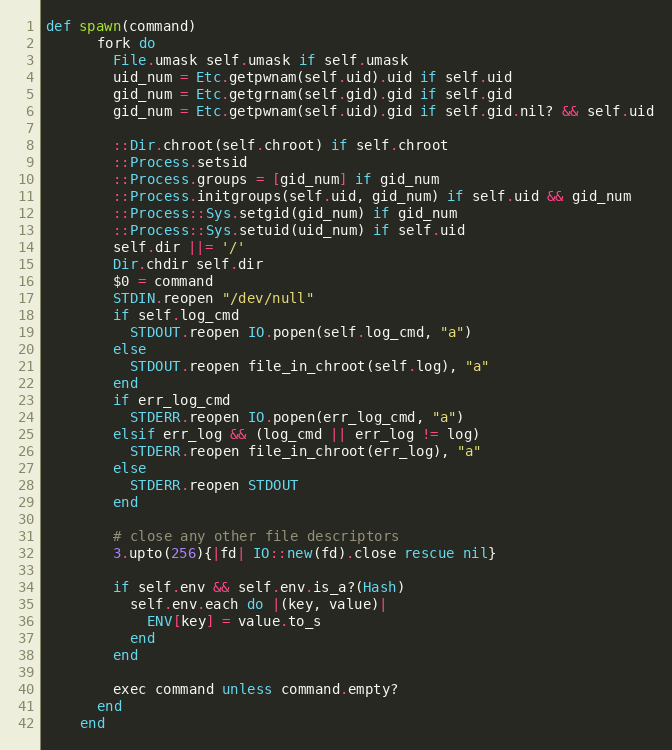
Language: Ruby
def spawn(command)
      fork do
        File.umask self.umask if self.umask
        uid_num = Etc.getpwnam(self.uid).uid if self.uid
        gid_num = Etc.getgrnam(self.gid).gid if self.gid
        gid_num = Etc.getpwnam(self.uid).gid if self.gid.nil? && self.uid

        ::Dir.chroot(self.chroot) if self.chroot
        ::Process.setsid
        ::Process.groups = [gid_num] if gid_num
        ::Process.initgroups(self.uid, gid_num) if self.uid && gid_num
        ::Process::Sys.setgid(gid_num) if gid_num
        ::Process::Sys.setuid(uid_num) if self.uid
        self.dir ||= '/'
        Dir.chdir self.dir
        $0 = command
        STDIN.reopen "/dev/null"
        if self.log_cmd
          STDOUT.reopen IO.popen(self.log_cmd, "a")
        else
          STDOUT.reopen file_in_chroot(self.log), "a"
        end
        if err_log_cmd
          STDERR.reopen IO.popen(err_log_cmd, "a")
        elsif err_log && (log_cmd || err_log != log)
          STDERR.reopen file_in_chroot(err_log), "a"
        else
          STDERR.reopen STDOUT
        end

        # close any other file descriptors
        3.upto(256){|fd| IO::new(fd).close rescue nil}

        if self.env && self.env.is_a?(Hash)
          self.env.each do |(key, value)|
            ENV[key] = value.to_s
          end
        end

        exec command unless command.empty?
      end
    end